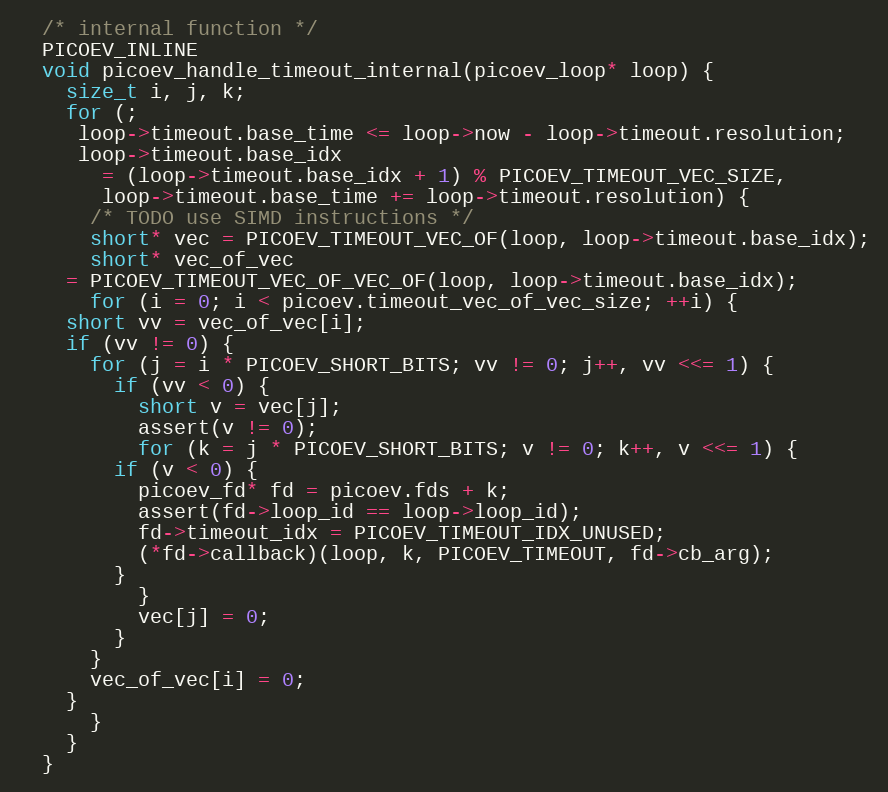
Language: C
  /* internal function */
  PICOEV_INLINE
  void picoev_handle_timeout_internal(picoev_loop* loop) {
    size_t i, j, k;
    for (;
	 loop->timeout.base_time <= loop->now - loop->timeout.resolution;
	 loop->timeout.base_idx
	   = (loop->timeout.base_idx + 1) % PICOEV_TIMEOUT_VEC_SIZE,
	   loop->timeout.base_time += loop->timeout.resolution) {
      /* TODO use SIMD instructions */
      short* vec = PICOEV_TIMEOUT_VEC_OF(loop, loop->timeout.base_idx);
      short* vec_of_vec
	= PICOEV_TIMEOUT_VEC_OF_VEC_OF(loop, loop->timeout.base_idx);
      for (i = 0; i < picoev.timeout_vec_of_vec_size; ++i) {
	short vv = vec_of_vec[i];
	if (vv != 0) {
	  for (j = i * PICOEV_SHORT_BITS; vv != 0; j++, vv <<= 1) {
	    if (vv < 0) {
	      short v = vec[j];
	      assert(v != 0);
	      for (k = j * PICOEV_SHORT_BITS; v != 0; k++, v <<= 1) {
		if (v < 0) {
		  picoev_fd* fd = picoev.fds + k;
		  assert(fd->loop_id == loop->loop_id);
		  fd->timeout_idx = PICOEV_TIMEOUT_IDX_UNUSED;
		  (*fd->callback)(loop, k, PICOEV_TIMEOUT, fd->cb_arg);
		}
	      }
	      vec[j] = 0;
	    }
	  }
	  vec_of_vec[i] = 0;
	}
      }
    }
  }